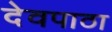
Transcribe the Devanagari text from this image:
देवपाठा